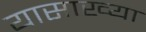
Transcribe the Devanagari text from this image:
यासाख्या